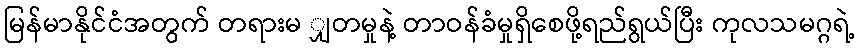
မြန်မာနိုင်ငံအတွက် တရားမ ျှတမှုနဲ့ တာဝန်ခံမှုရှိစေဖို့ရည်ရွယ်ပြီး ကုလသမဂ္ဂရဲ့